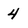
Character: 4